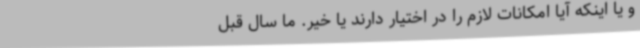
و یا اینکه آیا امکانات لازم را در اختیار دارند یا خیر. ما سال قبل